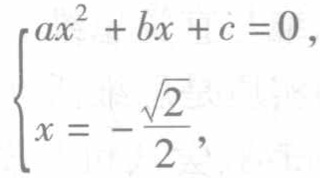
\[\begin{cases}
ax^{2}+bx + c = 0,\\
x=-\frac{\sqrt{2}}{2},
\end{cases}\]